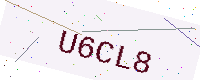
Text: U6CL8